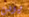
يردن